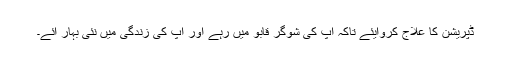
ڈپریشن کا علاج کروایئے تاکہ آپ کی شوگر قابو میں رہے اور آپ کی زندگی میں نئی بہار آئے۔